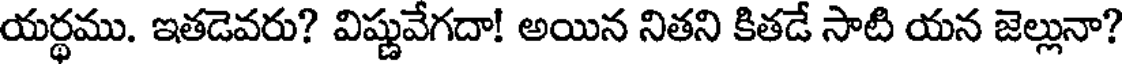
యర్థము. ఇతడెవరు? విష్ణువేగదా! అయిన నితని కితడే సాటి యన జెల్లునా?